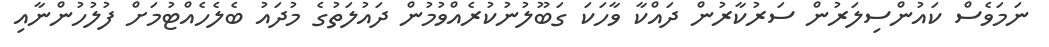
ނަމަވެސް ކައުންސިލަރުން ސަރުކާރުން ދައްކާ ވާހަކަ ގަބޫލުނުކުރެއްވުމުން ދައުލަތުގެ މުދައު ބެލެހެއްޓުމަށް ފުލުހުންނާއި